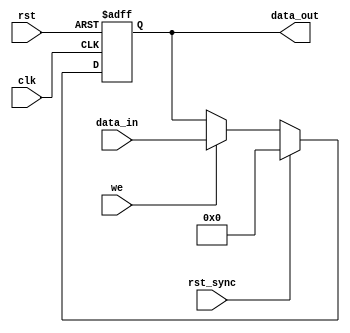
module can_register_asyn_syn(
	input wire [WIDTH-1:0] data_in,
	output reg [WIDTH-1:0] data_out,
	input wire we,
	input wire clk,
	input wire rst,
	input wire rst_sync);

	parameter WIDTH = 8;
	parameter RESET_VALUE = 0;

	always @(posedge clk or posedge rst) begin
		if(rst) begin
			data_out <=#1 RESET_VALUE;
		end else if(rst_sync) begin
			data_out <=#1 RESET_VALUE;
		end else if(we) begin
			data_out <=#1 data_in;
		end
	end

endmodule